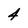
Character: 4